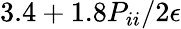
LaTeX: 3.4+1.8P_{ii}/2\epsilon